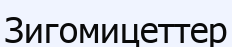
Зигомицеттер